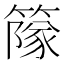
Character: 䉌